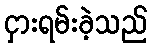
ငှားရမ်းခဲ့သည်